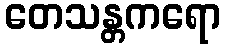
တေသန္တကရော